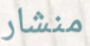
منشار